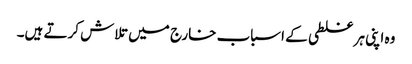
وہ اپنی ہر غلطی کے اسباب خارج میں تلاش کرتے ہیں۔